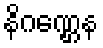
နိဂဏ္ဌေန